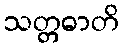
သတ္တဓာတိ